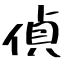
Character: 偵